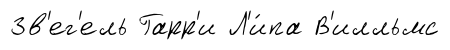
Зв'ег'ель Гарр'и Л'и́па В'илльмс